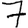
Digit: 7